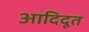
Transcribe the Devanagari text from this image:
आदिदूत